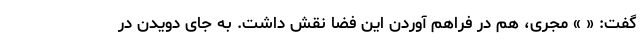
گفت: « » مجری، هم در فراهم آوردن این فضا نقش داشت. به جای دویدن در